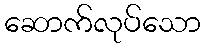
ဆောက်လုပ်သော